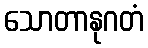
သောတာနုဂတံ